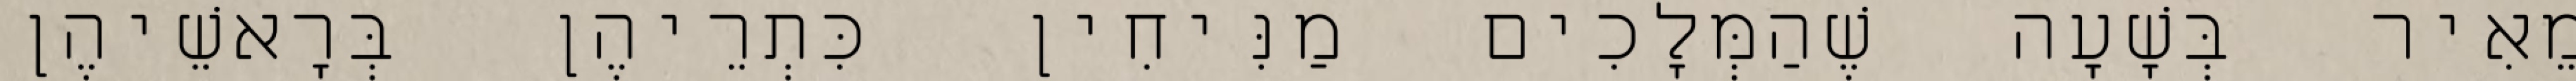
מֵאִיר בְּשָׁעָה שֶׁהַמְּלָכִים מַנִּיחִין כִּתְרֵיהֶן בְּרָאשֵׁיהֶן